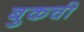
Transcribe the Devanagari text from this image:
बुकची